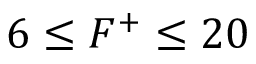
6 \leq F ^ { + } \leq 2 0